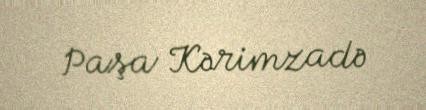
Paşa Kərimzadə